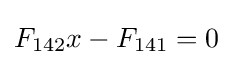
F_{142}x-F_{141}=0